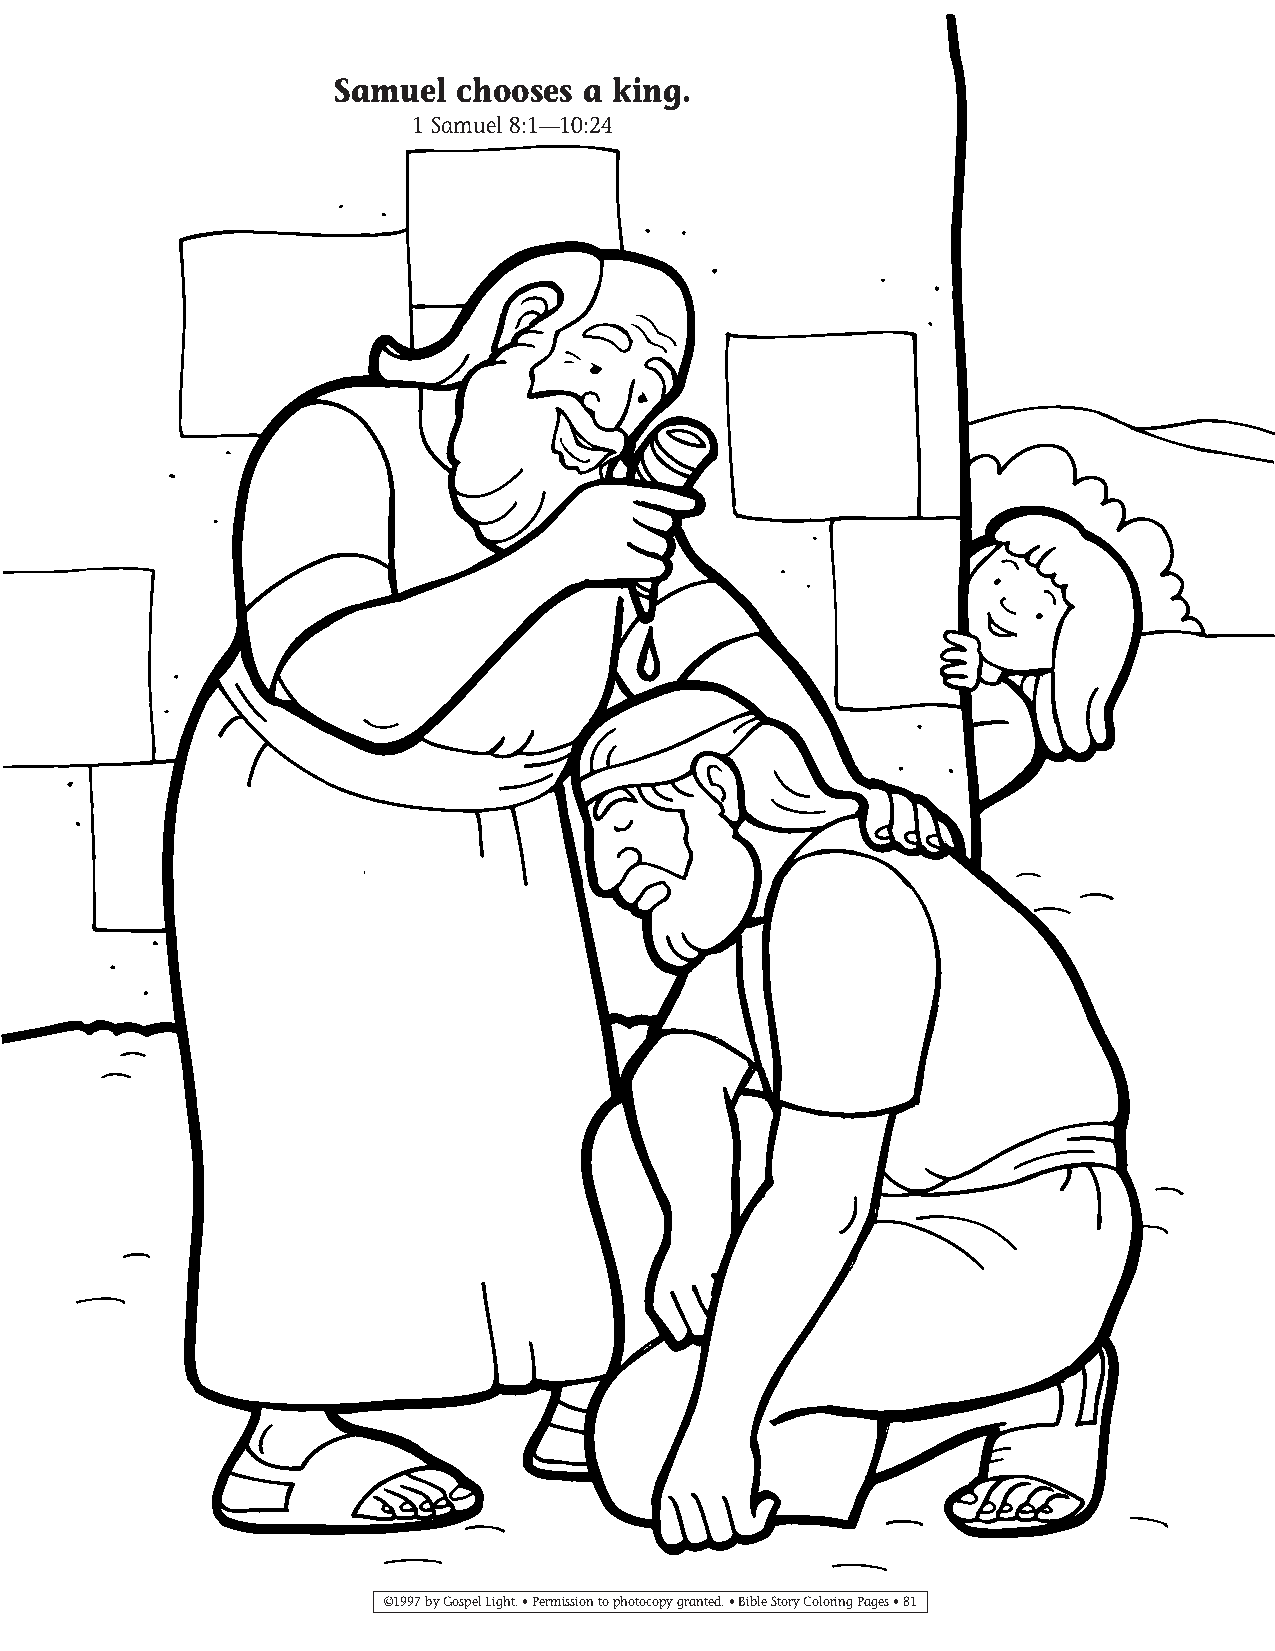
065-94 Coloring pgs_065-94 Coloring pgs 2/19/14 11:46 AM Page 81
 Samuel  chooses a king.
 1 Samuel 8:1—10:24
 ©1997 by Gospel Light. • Permission to photocopy granted. • Bible Story Coloring Pages • 81